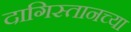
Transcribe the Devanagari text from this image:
दागिस्तानच्या